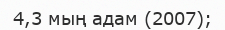
4,3 мың адам (2007);